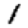
Digit: 1